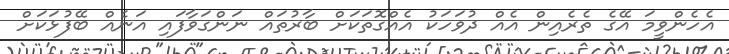
އެހެންވީމަ އޭގެ ތެރެއިން އެއް ދުވަހަކު އެއްގޮތަކަށް ބާރުތައް ނަންގަވާފައި އަނެއް ބޭފުޅަކަށް